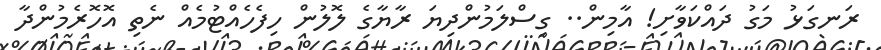
ރަނގަޅު މަގު ދައްކަވާށި! އާމިން.. ގިސްލަމުންދިޔަ ރާޔާގެ ލޮލުން ހިފެހެއްޓުމެއް ނެތި އޮހޮރެމުންދާ